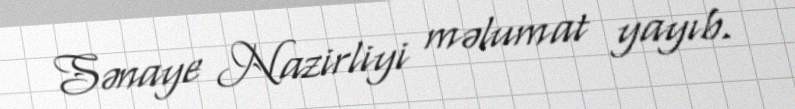
Sənaye Nazirliyi məlumat yayıb.